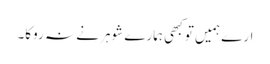
ارے ہمیں تو کبھی ہمارے شوہر نے نہ روکا۔